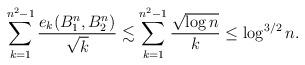
LaTeX: \begin{align*}\sum_{k=1}^{n^2-1} \frac{e_k(B_1^n, B_2^n)}{\sqrt{k}}\lesssim \sum_{k=1}^{n^2-1} \frac{ \sqrt{\log n} }{ k } \leq \log^{3/2} n.\end{align*}